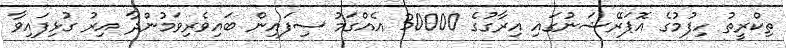
ތިކްރީތު ހިފުމުގެ އޮޕަރޭޝަނުގައި އިރާގުގެ 30000 އެއްގަމު ސިފައިން ބައިވެރިވަމުންދާ އިރު ގުޅިފައިވާ